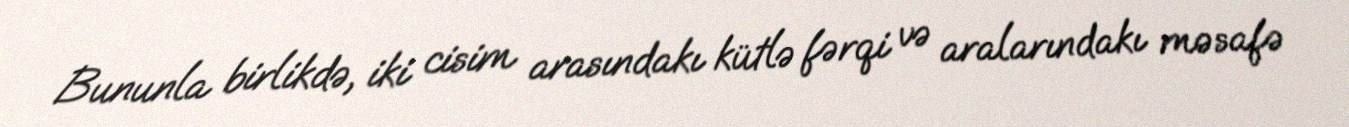
Bununla birlikdə, iki cisim arasındakı kütlə fərqi və aralarındakı məsafə